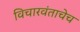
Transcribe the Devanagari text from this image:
विचारवंताचेच